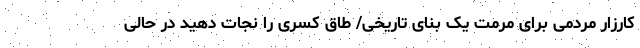
کارزار مردمی برای مرمت یک بنای تاریخی/ طاق کسری را نجات دهید در حالی